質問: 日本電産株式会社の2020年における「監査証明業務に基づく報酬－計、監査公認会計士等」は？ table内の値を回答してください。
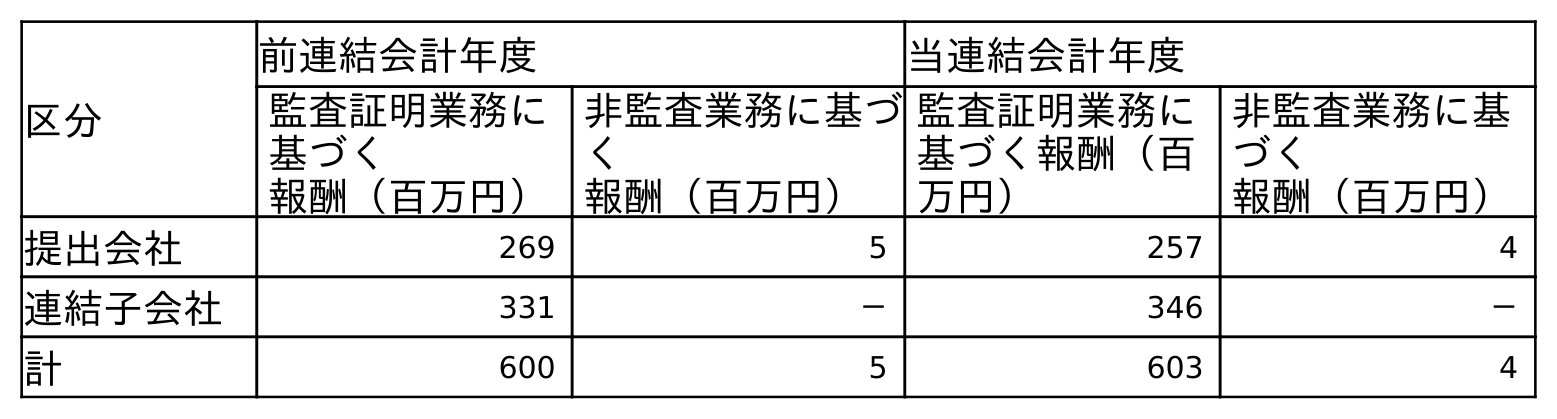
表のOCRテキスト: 区分 前連結会計年度 当連結会計年度 監査証明業務に 基づく 報酬（百万円） 非監査業務に基づ く 報酬（百万円） 監査証明業務に 基づく報酬（百 万円） 非監査業務に基 づく 報酬（百万円） 提出会社 269 5 257 4 連結子会社 331 － 346 － 計 600 5 603 4
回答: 603